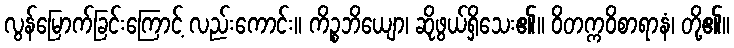
လွန်မြောက်ခြင်းကြောင့် လည်းကောင်း။ ကိဉ္စဘိယျော၊ ဆိုဖွယ်ရှိသေး၏။ ဝိတက္ကဝိစာရာနံ၊ တို့၏။